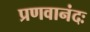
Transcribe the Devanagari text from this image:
प्रणवानंदः